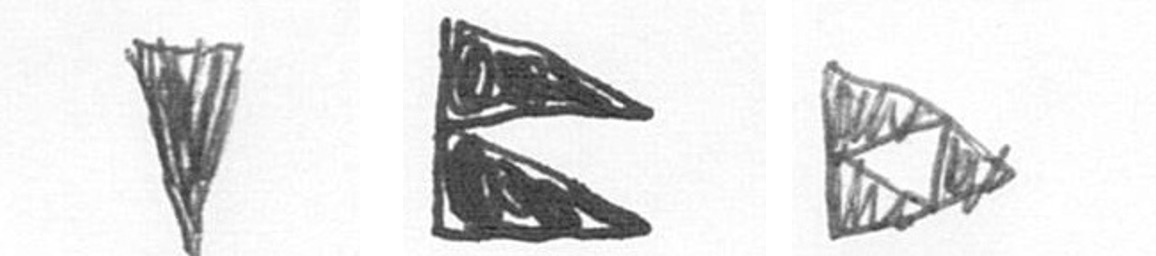
J P K